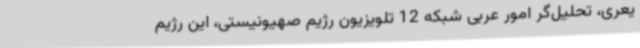
یعری، تحلیل‌گر امور عربی شبکه 12 تلویزیون رژیم صهیونیستی، این رژیم